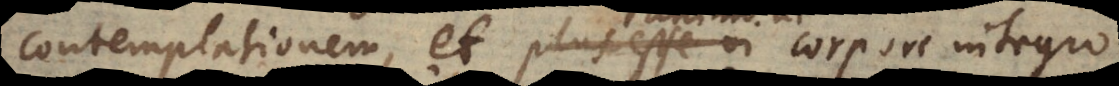
contemplationem, et plus esse vi animo ac